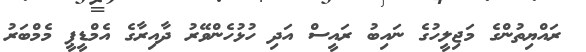
ރައްޔިތުންގެ މަޖިލީހުގެ ނައިބު ރައީސް އަދި ހުޅުހެންވޭރު ދާއިރާގެ އެމްޑީޕީ މެމްބަރު